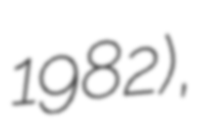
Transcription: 1982),